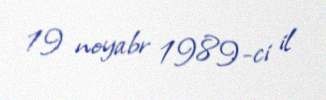
19 noyabr 1989-ci il